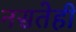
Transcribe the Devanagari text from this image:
नसतेही